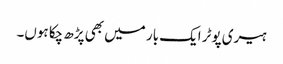
ہیری پوٹر ایک بار میں بھی پڑھ چکا ہوں۔